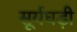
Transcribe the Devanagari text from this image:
सूर्यघड़ी